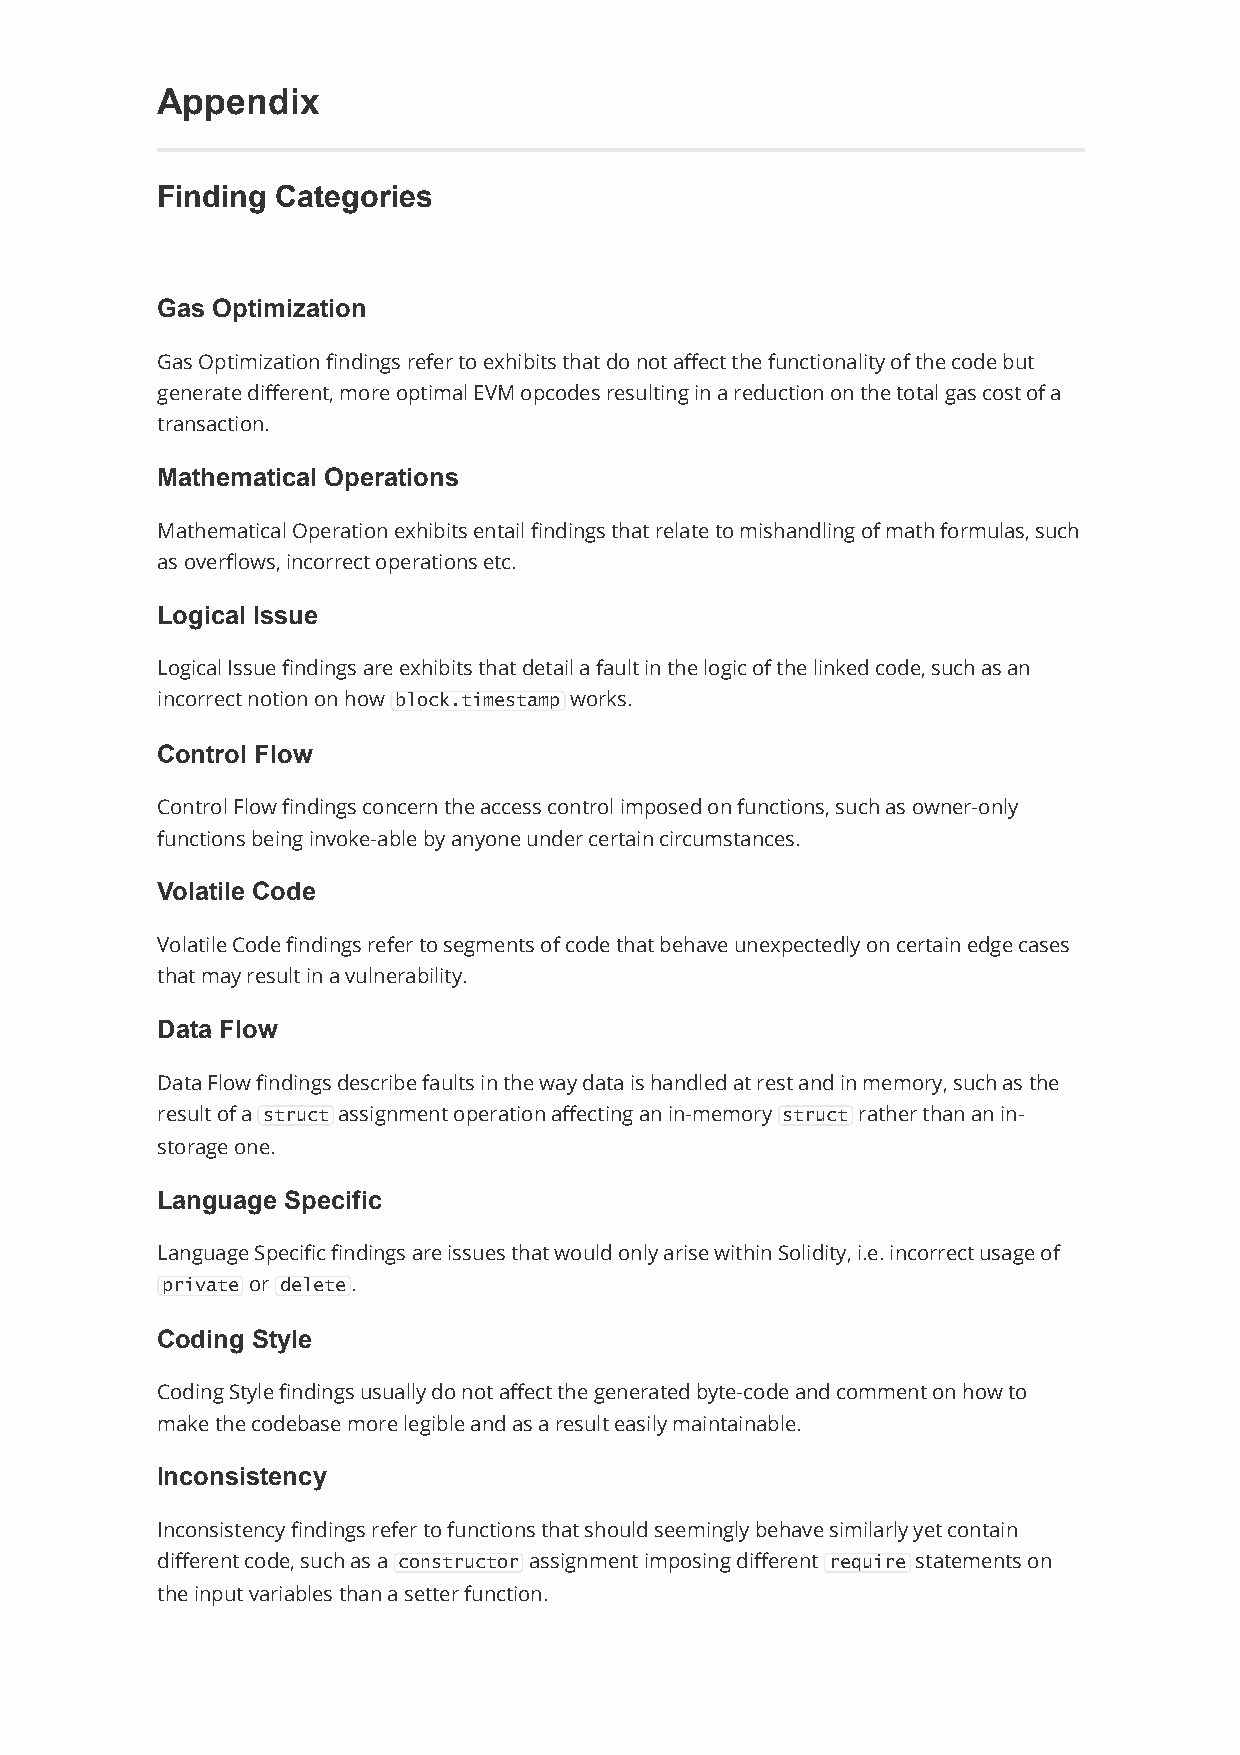
Appendix
 Finding Categories
 Gas Optimization
 Gas Optimization findings refer to exhibits that do not affect the functionality of the code but
 generate different, more optimal EVM opcodes resulting in a reduction on the total gas cost of a
 transaction.
 Mathematical Operations
 Mathematical Operation exhibits entail findings that relate to mishandling of math formulas, such
 as overflows, incorrect operations etc.
 Logical Issue
 Logical Issue findings are exhibits that detail a fault in the logic of the linked code, such as an
 incorrect notion on how block.timestamp works.
 Control Flow
 Control Flow findings concern the access control imposed on functions, such as owner-only
 functions being invoke-able by anyone under certain circumstances.
 Volatile Code
 Volatile Code findings refer to segments of code that behave unexpectedly on certain edge cases
 that may result in a vulnerability.
 Data Flow
 Data Flow findings describe faults in the way data is handled at rest and in memory, such as the
 result of a struct assignment operation affecting an in-memory struct rather than an in-
 storage one.
 Language Specific
 Language Specific findings are issues that would only arise within Solidity, i.e. incorrect usage of
 private or delete.
 Coding Style
 Coding Style findings usually do not affect the generated byte-code and comment on how to
 make the codebase more legible and as a result easily maintainable.
 Inconsistency
 Inconsistency findings refer to functions that should seemingly behave similarly yet contain
 different code, such as a constructor assignment imposing different require statements on
 the input variables than a setter function.